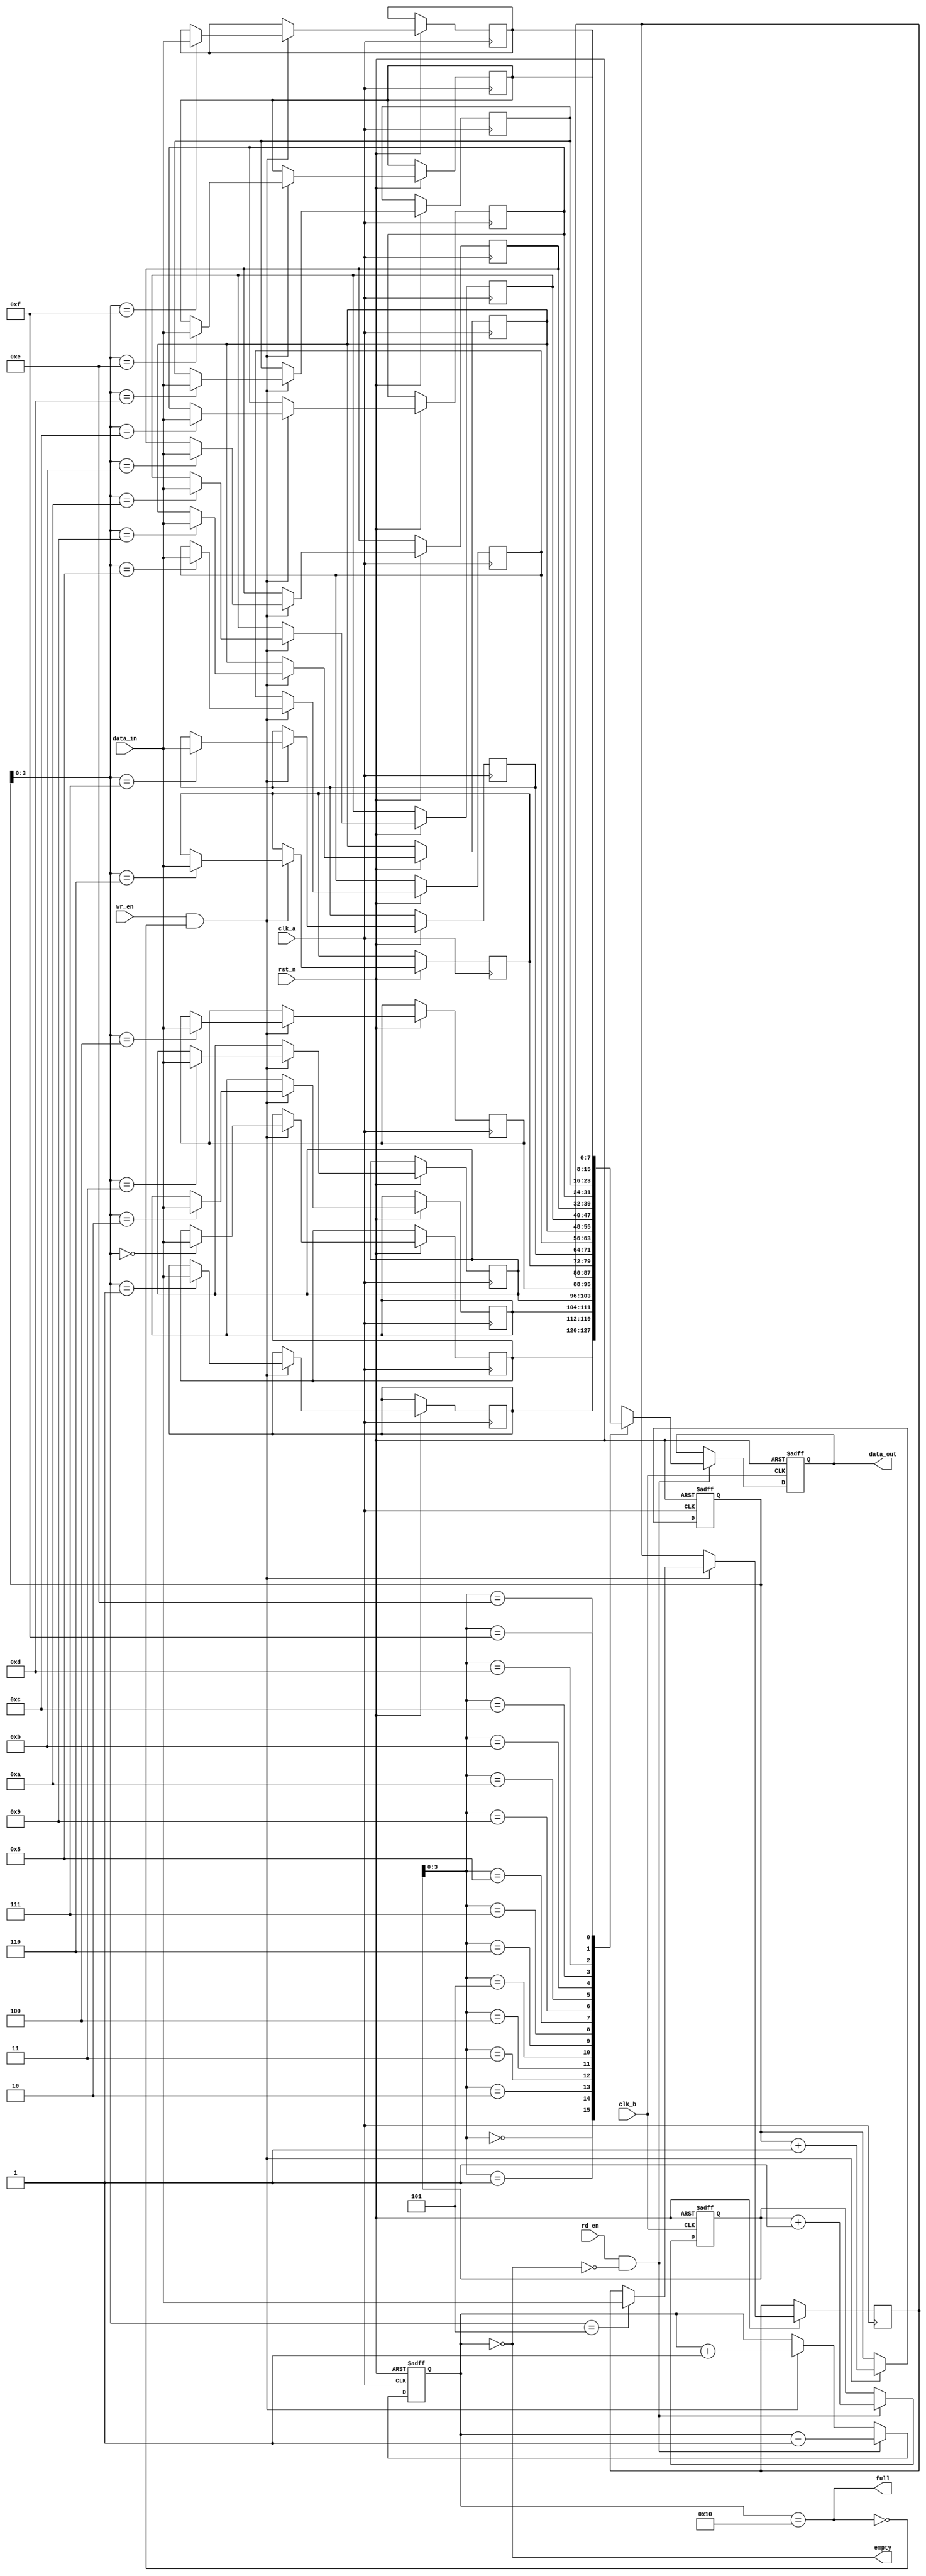
module fifo_synchronizer #(
    parameter DATA_WIDTH = 8,      // Width of the data
    parameter FIFO_DEPTH = 16       // Depth of the FIFO
) (
    input  wire                  clk_a,        // Clock domain A
    input  wire                  clk_b,        // Clock domain B
    input  wire                  rst_n,        // Active low reset
    input  wire                  wr_en,        // Write enable
    input  wire [DATA_WIDTH-1:0] data_in,      // Data input
    output wire                  full,          // FIFO full indicator
    output wire                  empty,         // FIFO empty indicator
    output reg [DATA_WIDTH-1:0] data_out,      // Data output
    input  wire                  rd_en          // Read enable
);

// Internal signals
reg [DATA_WIDTH-1:0] fifo_mem [0:FIFO_DEPTH-1]; // FIFO memory
reg [4:0] wr_ptr;          // Write pointer
reg [4:0] rd_ptr;          // Read pointer
reg [4:0] fifo_count;      // FIFO count

// Write logic (Clock A)
always @(posedge clk_a or negedge rst_n) begin
    if (!rst_n) begin
        wr_ptr <= 5'b0;
    end else if (wr_en && !full) begin
        fifo_mem[wr_ptr] <= data_in;
        wr_ptr <= wr_ptr + 1;
    end
end

// Read logic (Clock B)
always @(posedge clk_b or negedge rst_n) begin
    if (!rst_n) begin
        rd_ptr <= 5'b0;
        data_out <= {DATA_WIDTH{1'b0}};
    end else if (rd_en && !empty) begin
        data_out <= fifo_mem[rd_ptr];
        rd_ptr <= rd_ptr + 1;
    end
end

// FIFO count and full/empty conditions
always @(posedge clk_a or negedge rst_n) begin
    if (!rst_n) begin
        fifo_count <= 5'b0;
    end else begin
        if (wr_en && !full)
            fifo_count <= fifo_count + 1;
        if (rd_en && !empty)
            fifo_count <= fifo_count - 1;
    end
end

assign full = (fifo_count == FIFO_DEPTH);
assign empty = (fifo_count == 0);

// Synchronization of read and write pointers
reg [4:0] rd_ptr_sync;
always @(posedge clk_b or negedge rst_n) begin
    if (!rst_n) begin
        rd_ptr_sync <= 5'b0;
    end else begin
        rd_ptr_sync <= rd_ptr;
    end
end

endmodule